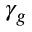
\gamma _ { g }